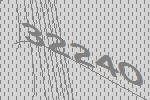
32240